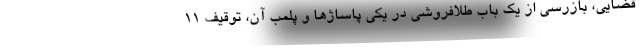
قضایی، بازرسی از یک باب طلافروشی در یکی پاساژها و پلمب آن، توقیف 11